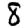
Digit: 8